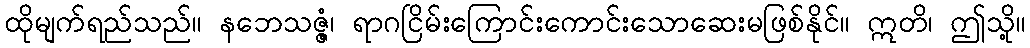
ထိုမျက်ရည်သည်။ နဘေသဇ္ဇံ၊ ရာဂငြိမ်းကြောင်းကောင်းသောဆေးမဖြစ်နိုင်။ ဣတိ၊ ဤသို့။